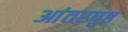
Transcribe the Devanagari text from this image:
आंतरपृष्ठ